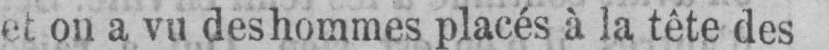
et ou a vu des hommes placés à la tête des